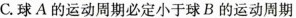
C.球A的运动周期必定小于球B的运动周期